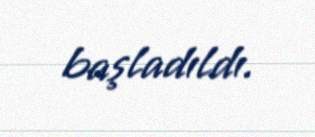
başladıldı.